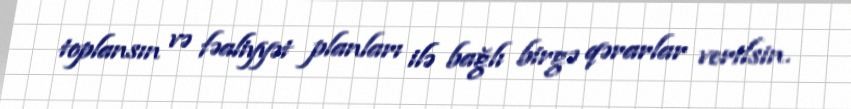
toplansın və fəaliyyət planları ilə bağlı birgə qərarlar verilsin.